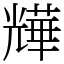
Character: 㒯